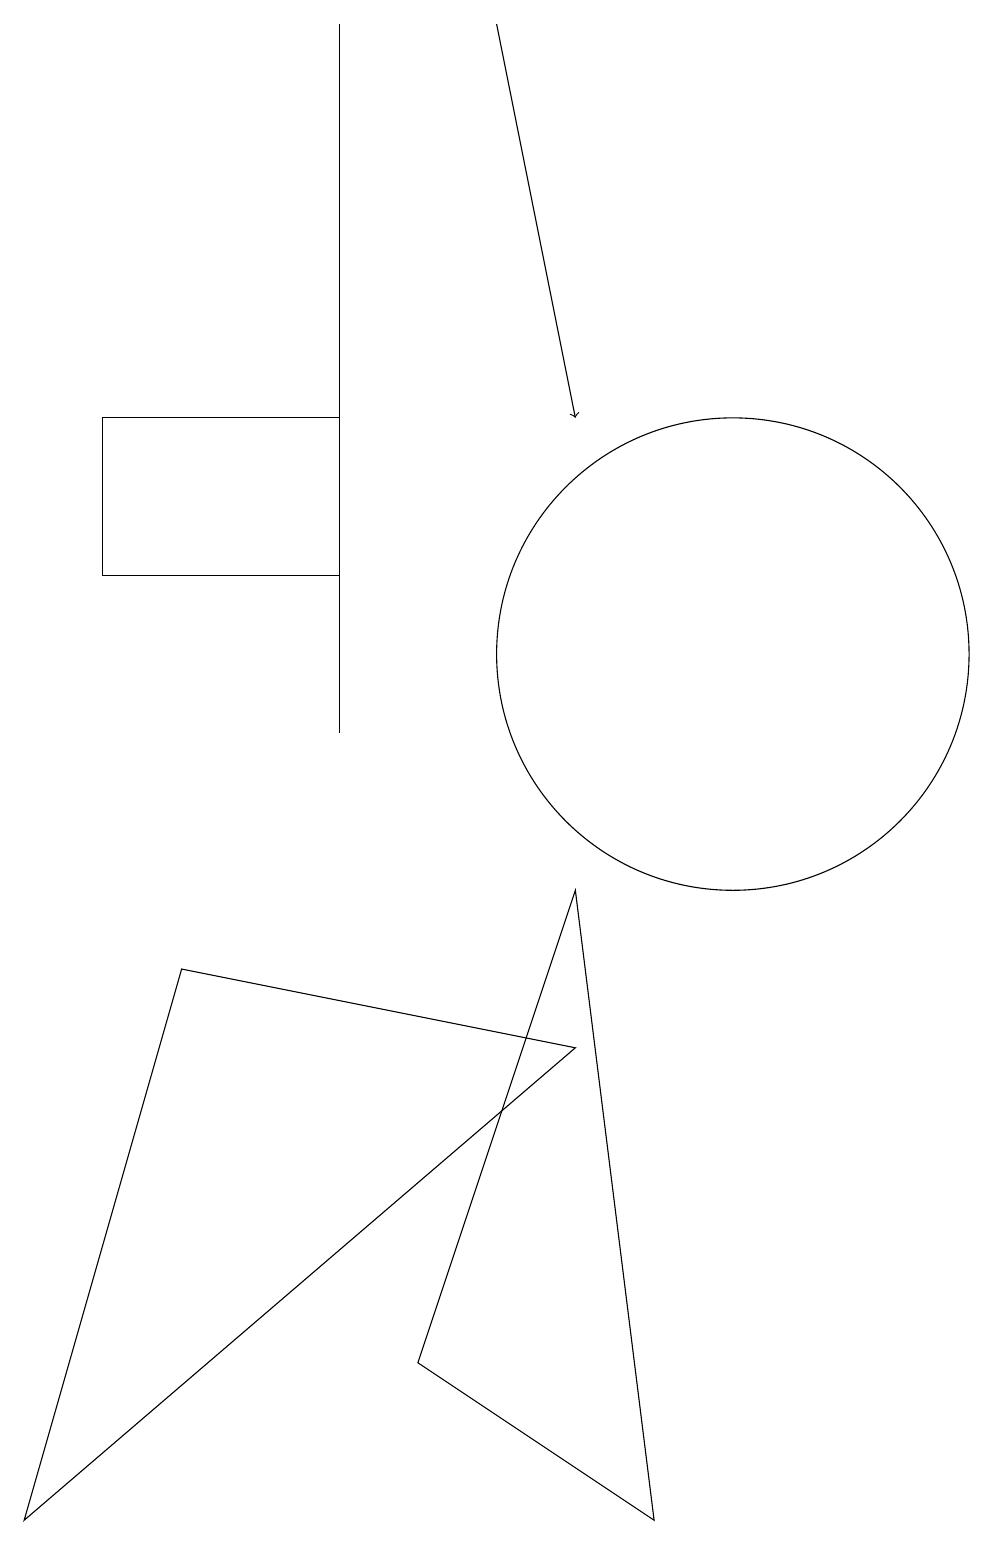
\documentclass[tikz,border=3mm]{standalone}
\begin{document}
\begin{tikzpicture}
\draw (6,2) -- (8,8) -- (9,0) -- cycle;
\draw (10,11) circle (3);
\draw[->] (7,19) -- (8,14);
\draw (5,19) rectangle (5,10);
\draw (2,12) rectangle (5,14);
\draw (8,6) -- (1,0) -- (3,7) -- cycle;
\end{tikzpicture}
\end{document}